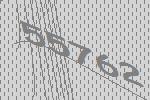
55762